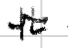
Text: IL
Cross-out: wave
Writing tool: digital_black